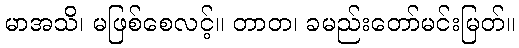
မာအသိ၊ မဖြစ်စေလင့်။ တာတ၊ ခမည်းတော်မင်းမြတ်။